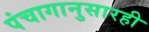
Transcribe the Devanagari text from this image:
पंचागानुसारही